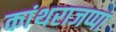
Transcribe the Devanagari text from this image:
कांथराजप्पा